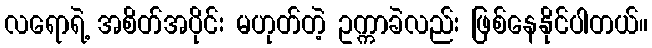
လရောရဲ့ အစိတ်အပိုင်း မဟုတ်တဲ့ ဥက္ကာခဲလည်း ဖြစ်နေနိုင်ပါတယ်။